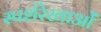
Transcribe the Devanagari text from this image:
स्पर्शरेखाओं